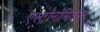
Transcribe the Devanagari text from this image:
एस्ट्रॉनॉमिकल